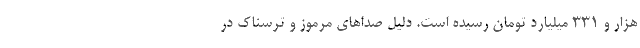
هزار و ۳۳۱ میلیارد تومان رسیده است. دلیل صدا‌های مرموز و ترسناک در